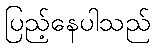
ပြည့်နေပါသည်